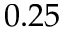
0 . 2 5